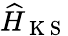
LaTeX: \widehat{H}_{\mathrm{~K~S~}}